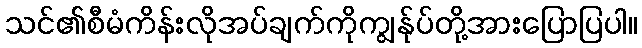
သင်၏စီမံကိန်းလိုအပ်ချက်ကိုကျွန်ုပ်တို့အားပြောပြပါ။